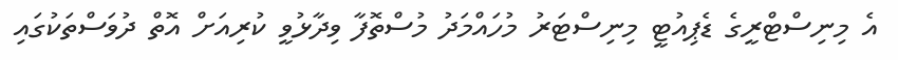
އެ މިނިސްޓްރީގެ ޑެޕިއުޓީ މިނިސްޓަރު މުހައްމަދު މުސްތޮފާ ވިދާޅުވީ ކުރިއަށް އޮތް ދުވަސްތަކުގައި